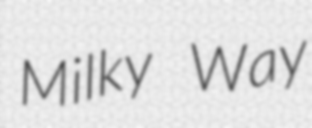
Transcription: Milky Way